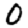
Digit: 0